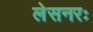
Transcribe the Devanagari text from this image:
लेसनरः